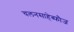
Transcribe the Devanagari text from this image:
चलनसाहेब्फौज